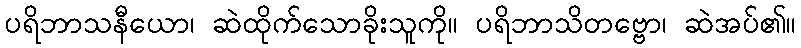
ပရိဘာသနီယော၊ ဆဲထိုက်သောခိုးသူကို။ ပရိဘာသိတဗ္ဗော၊ ဆဲအပ်၏။